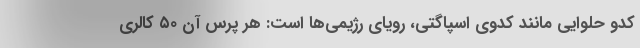
کدو حلوایی مانند کدوی اسپاگتی، رویای رژیمی‌ها است: هر پرس آن ۵۰ کالری